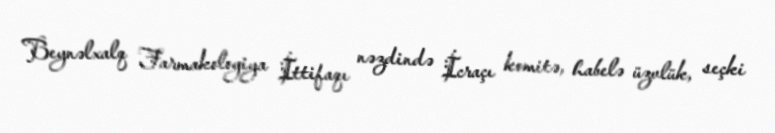
Beynəlxalq Farmakologiya İttifaqı nəzdində İcraçı komitə, habelə üzvlük, seçki